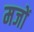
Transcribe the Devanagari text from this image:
मजों